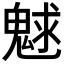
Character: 𩳞